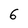
Character: 6